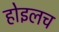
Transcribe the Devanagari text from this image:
होइलच